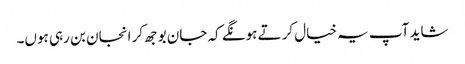
شاید آپ یہ خیال کرتے ہونگے کہ جان بوجھ کر انجان بن رہی ہوں۔